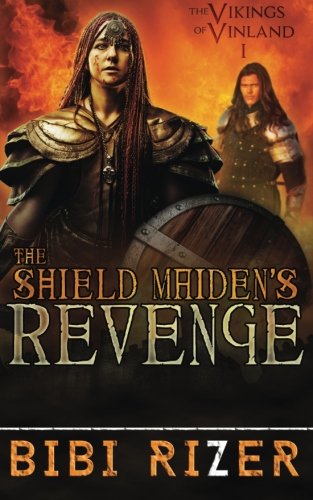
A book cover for The Shield Maiden's Revenge: The Vikings of Vinland: Book One (Volume 1); Bibi Rizer; Romance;